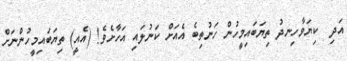
އަދި  ކިޔަވާހިނދު ތިޔަބައިމީހުން ހަނުތިބެ އެއަށް ކަނުލައި އަހާށެވެ! (އެއީ) ތިޔަބައިމީހުންނަށް